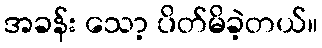
အခန်း သော့ ပိတ်မိခဲ့တယ်။